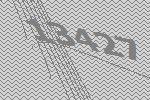
13427